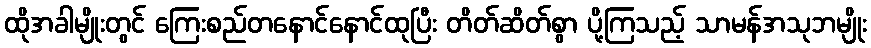
ထိုအခါမျိုးတွင် ကြေးစည်တနောင်နောင်ထုပြီး တိတ်ဆိတ်စွာ ပို့ကြသည့် သာမန်အသုဘမျိုး